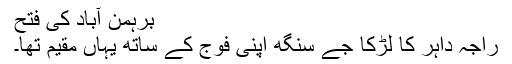
برہمن آباد کی فتح
راجہ داہر کا لڑکا جے سنگھ اپنی فوج کے ساتھ یہاں مقیم تھا۔